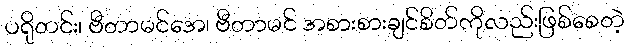
ပရိုတင်း၊ ဗီတာမင်အေ၊ ဗီတာမင် အစားစားချင်စိတ်ကိုလည်းဖြစ်စေတဲ့